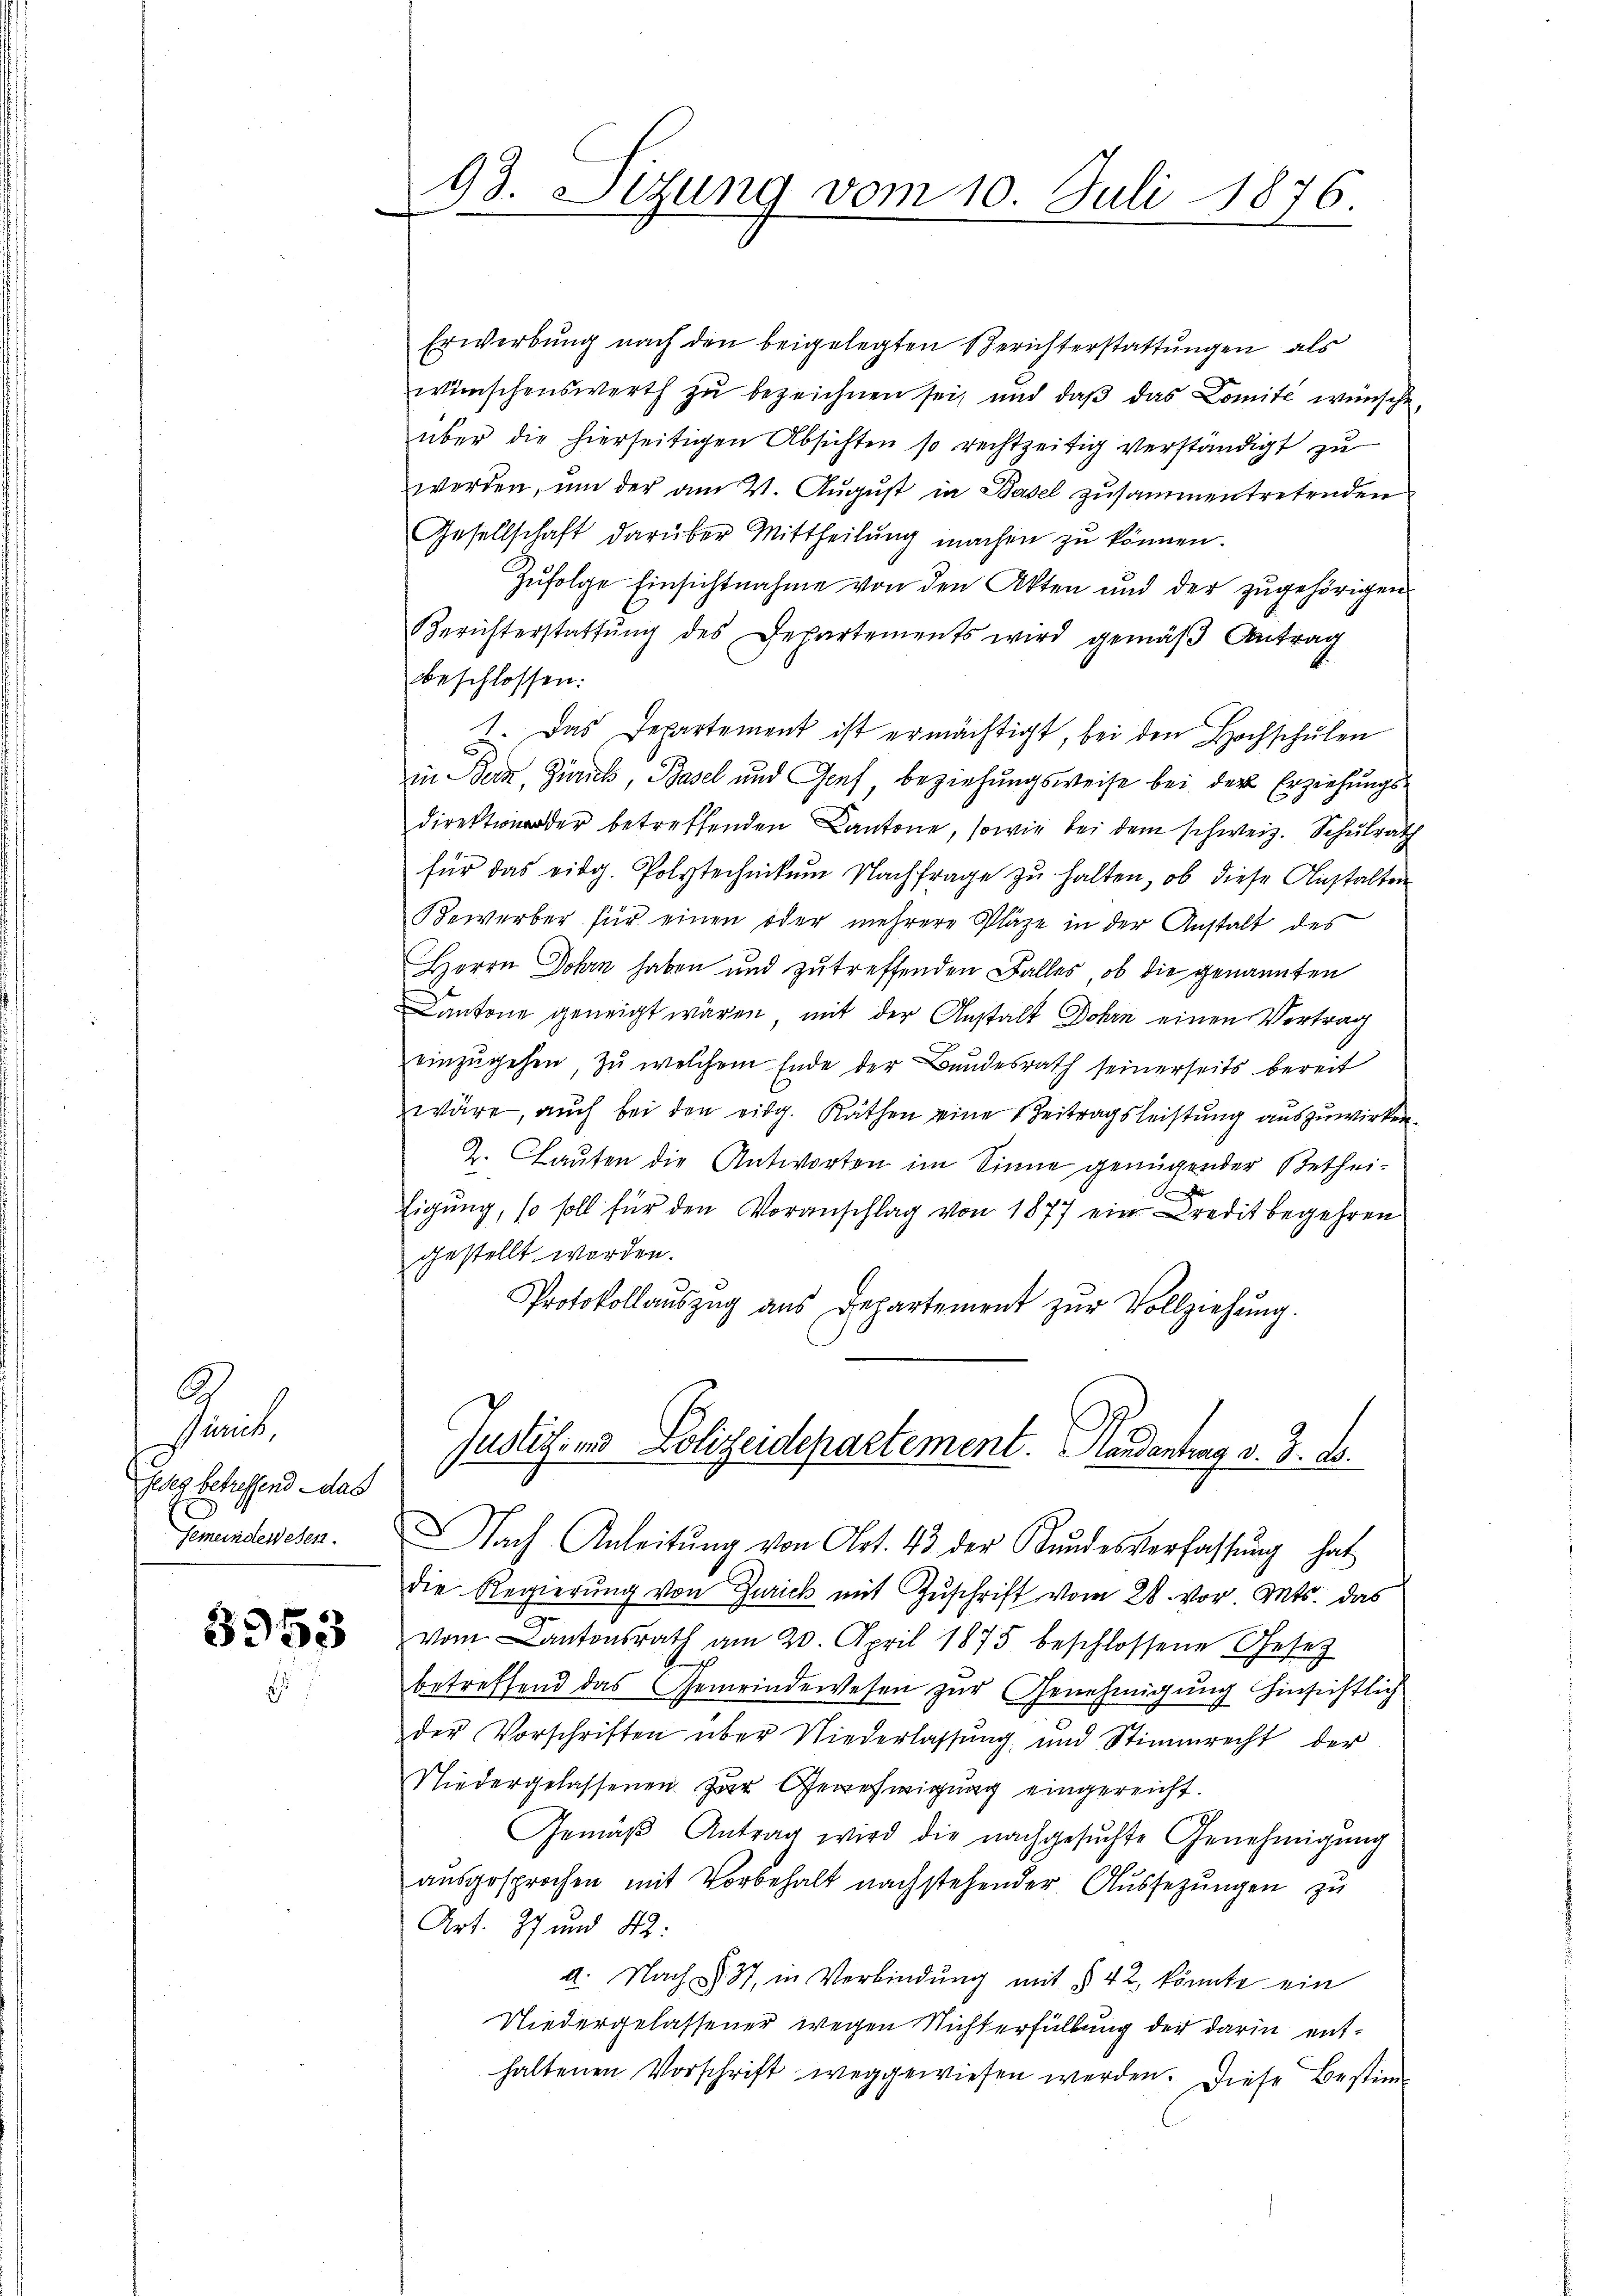
A
Punct
steg betreffend das
Generden eben.

3953

93. Sitzung vom 10. Juli 1876.
e

Erwerbung nach den beigelegten Berichterstattungen als
wünschenswerth zu bezeichnen sei, und daß das Comité wünsche
über die hierseitigen Absichten so rechtzeitig verständigt zu
werden, um der am 21. August in Basel zusammentretenden
Gesellschaft darüber Mittheilŭng machen zŭ können.
Zŭfolge Einsichtnahme von den Akten und der zŭgehörigen
Berichterstattŭng des Departements wird gemäβ Antrag
bbeschlossen:
1. Das Departement ist ermächtigt, bei den Hochschulen
in Bern, Zürich, Basel und Genf beziehungsweise bei der Erziehungsdirektion der betreffenden Cantone, sowie bei dem schweiz. Schulrath
für das eidg. Polytechnikum Nachfrage zu halten, ob diese Anstalten
Bewerber für einen oder mehrere Pläze in der Anstalt des
Herrn Dohrn haben und zu treffenden Falles, ob die genannten
Cantone geneigt wären, mit der Anstalt Dohrn einen Vertrag
einzŭgehen, zu welchem Ende der Bundesrath seinerseits bereit
wäre, auch bei den eidg. Räthen eine Zeitragsleistung auszuwirken.
2. Lauten die Antworten im Sinne genügender Bethei¬
Eigung, so soll für den Voranschlag von 1877 ein Kredit begehren
gestellt worden.
Protokollaŭszŭg aŭs Departement zŭr Vollziehŭng.
Justiz- und Polizeidepartement. Handentrag v. 3. d.
Nach Anleitŭng von Art. 43 der Bundesverfassung hat
die Regierŭng von Zurick mit Zŭschrift vom 28. vor. Mts. das
vom Kantonsrath am 20. April 1875 beschlossene Gesetz
betreffend das Gemeindewesen zur Genehmigung hinsichtlich
der Vorschriften über Niederlassŭng und Stimmrecht der
Niedergelassenen zur Gewehwigŭng eingereicht.
Gemäβ Antrag wird die nachgesŭchte Genehmigŭng
2.
ausgesprochen mit Vorbehalt nachstehender Aussezungen zu
Art. 37 und 42:
a. Nach § 37, in Verbindung mit § 42, könnte ein
Niedergelassener wegen Nichterfüllung der darin enthaltenen Vorschrift weggewiesen werden. Diese Bestim-